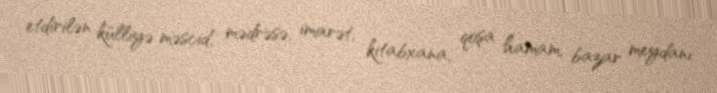
etdirilən külliyə məscid, mədrəsə, imarət, kitabxana, qoşa hamam, bazar meydanı